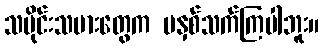
သမိုင်းသမားတွေက မနှစ်သက်ကြပါဘူး။